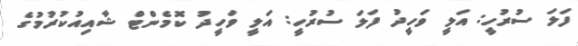
ފަލަ ސުރުހީ: އަލީ ވަހީދު ފަލަ ސުރުހީ: އަލީ ވަހީދު ކޮމެންޓް ޝާއިއުކުރުމުގެ